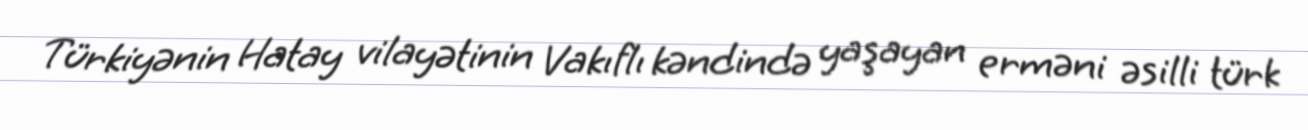
Türkiyənin Hatay vilayətinin Vakıflı kəndində yaşayan erməni əsilli türk